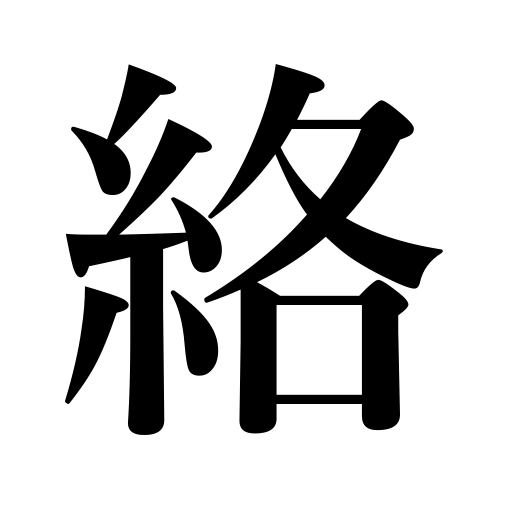
Meanings: twine around,coil around,get twisted,get caught in,be urged on by,pick a quarrel,stick to